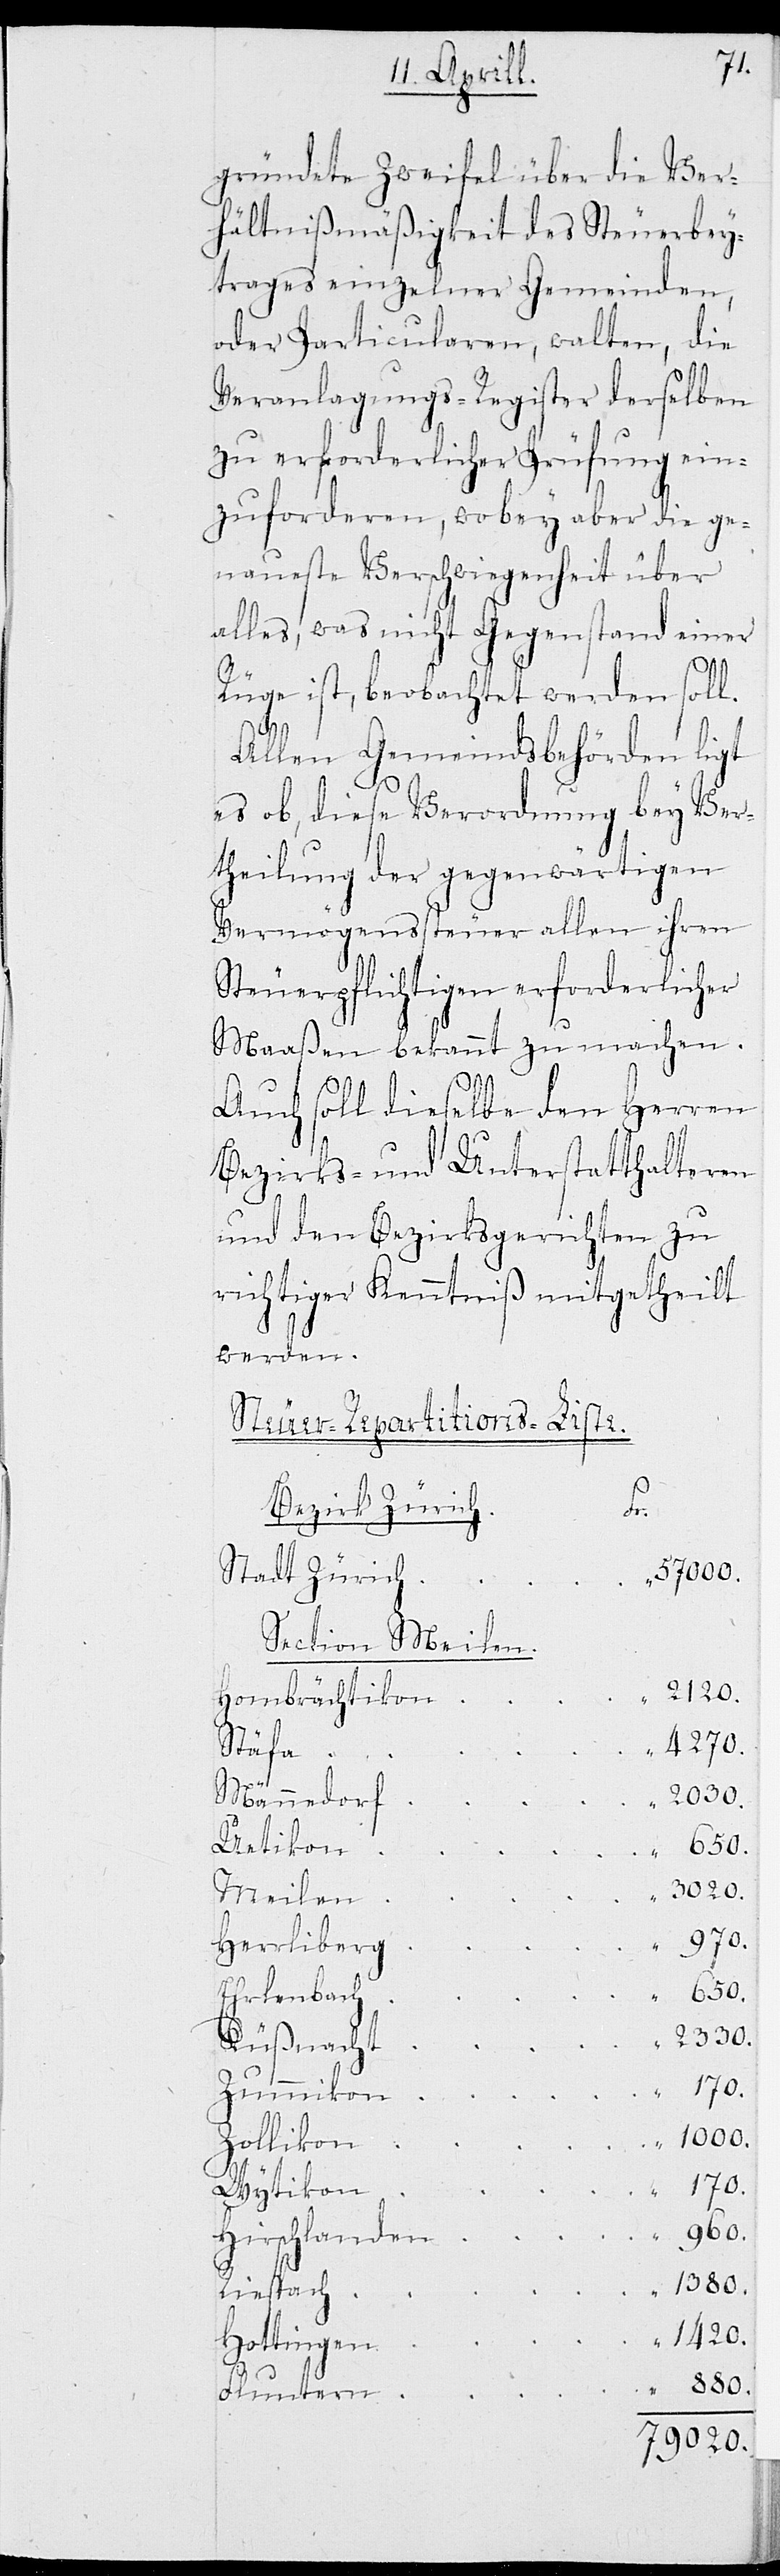
gründete Zweifel über die Ver¬
hältnißmäßigkeit des Steuerbey¬
trages einzelner Gemeinden,
oder Particularen, walten, die
Veranlagungsregister derselben
zu erforderlicher Prüfung ein¬
zuforderen, wobey aber die ge¬
naueste Verschwiegenheit über
alles, was nicht Gegenstand einer
h.	F¬
Rüge ist, beobachtet werden soll.
Allen Gemeindsbehörden ligt
es ob, diese Verordnung bey Ver¬
theilung der gegenwärtigen
Vermögenssteuer allen ihren
Steuerpflichtigen erforderlicher
Maaßen bekannt zu machen.
Auch soll dieselbe den Herren
Bezirks und Unterstatthalteren
und den Bezirksgerichten zu
richtiger Kenntniß mitgetheilt
werden.
Steuer-Repartitions-Liste:
r.
Bezirk Züric¬
n	1000.
Stadt Züric¬
Section Meilen.
n	2120.
Hombrächtiko¬
g	970.
Herrliber¬
Zolliko¬
880.
Hirslande¬
n	1420.
Hottinge¬
Fluntern
79020.